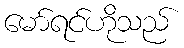
မော်ရင်ဟိုသည်